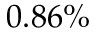
0 . 8 6 \%